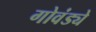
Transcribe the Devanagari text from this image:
गोवंड्ये